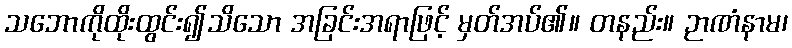
သဘောကိုထိုးထွင်း၍သိသော အခြင်းအရာဖြင့် မှတ်အပ်၏။ တနည်း။ ဉာဏံနာမ၊